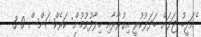
ެއަދީބު ޖަލަށް ބަދަލުކުރީ އިގުރާރާއި ޚިލާފުވުމުން: ކަރެކްޝަންސް 0 3